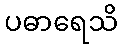
ပဓာရေသိ